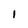
Character: I